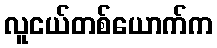
လူငယ်တစ်ယောက်က